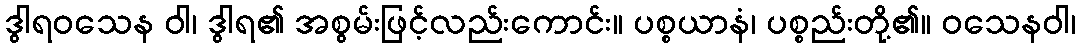
ဒွါရဝသေန ဝါ၊ ဒွါရ၏ အစွမ်းဖြင့်လည်းကောင်း။ ပစ္စယာနံ၊ ပစ္စည်းတို့၏။ ဝသေနဝါ၊